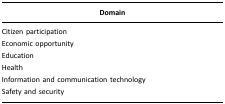
| Domain |
 | --- |
 | Citizen participation |
 | Economic opportunity |
 | Education |
 | Health |
 | Information and communication technology |
 | Safety and security |